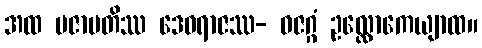
အထ ပဇာပတိဿ ဒေဝရာဇဿ- ဓဇဂ္ဂံ ဥလ္လောကေယျာထ။